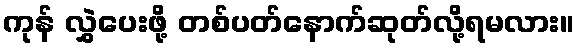
ကုန် လွှဲပေးဖို့ တစ်ပတ်နောက်ဆုတ်လို့ရမလား။